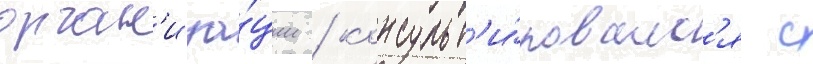
орган'иза́ции / консульт'и́ровалс'я с